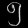
Digit: ၅